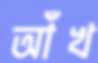
আঁখ